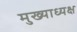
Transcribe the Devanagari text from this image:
मुख्याध्यक्ष